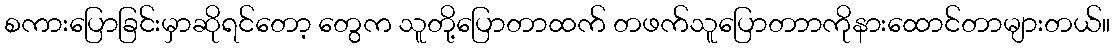
စကားပြောခြင်းမှာဆိုရင်တော့ တွေက သူတို့ပြောတာထက် တဖက်သူပြောတာာကိုနားထောင်တာများတယ်။